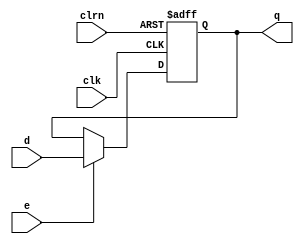
module dffe32_pc (d,clk,clrn,e,q);
   input  [31:0] d;
   input  clk,clrn,e;
   output [31:0] q;
   reg    [31:0] q;
	initial begin
		q = 0;
		
	 end
   always @ (negedge clrn or posedge clk)
      if (clrn == 0) begin
         q <= 0;
      end else begin
         if (e == 1) q <= d;
      end
endmodule